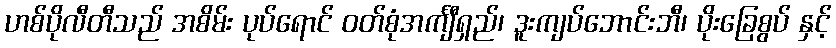
ဟစ်ပိုလီတီသည် အစိမ်း ပုပ်ရောင် ဝတ်စုံအင်္ကျီရှည်၊ ဒူးကျပ်ဘောင်းဘီ၊ ပိုးခြေစွပ် နှင့်